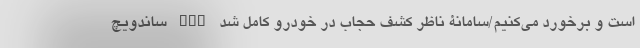
است و برخورد می‌کنیم/سامانۀ ناظر کشف حجاب در خودرو کامل شد nan ساندویچ